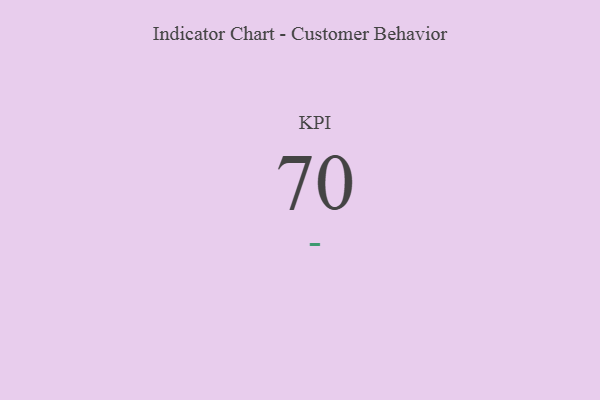
{"axis": {"x": "KPI", "y": "Value"}, "legend": [""], "data": [{"x": "KPI", "y": 70, "type": ""}]}